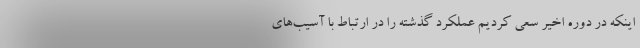
اینکه در دوره اخیر سعی کردیم عملکرد گذشته را در ارتباط با آسیب‌های